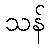
သန်